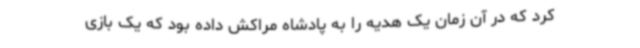
کرد که در آن زمان یک هدیه را به پادشاه مراکش داده بود که یک بازی